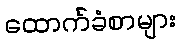
ထောက်ခံစာများ